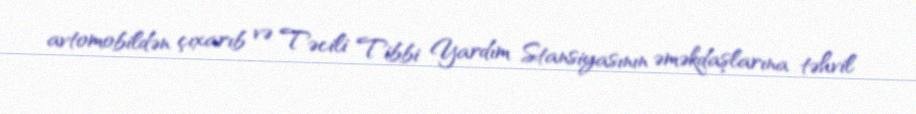
avtomobildən çıxarıb və Təcili Tibbi Yardım Stansiyasının əməkdaşlarına təhvil